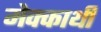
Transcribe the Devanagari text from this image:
मेक्कार्थी